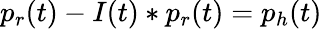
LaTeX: p_{r}(t)-I(t)\ast p_{r}(t)=p_{h}(t)